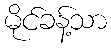
မိုင်ခန့်သာ